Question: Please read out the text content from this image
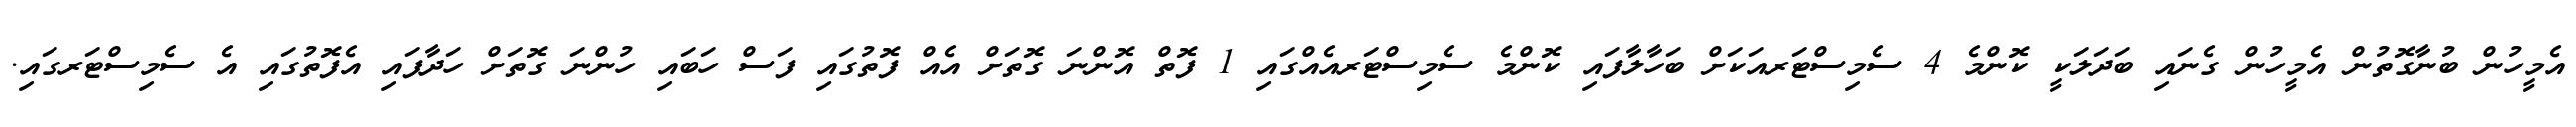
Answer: އެމީހުން ބުނާގޮތުން އެމީހުން ގެނައި ބަދަލަކީ ކޮންމެ 4 ސެމިސްޓަރއަކަށް ބަހާލާފައި ކޮންމެ ސެމިސްޓަރއެއްގައި 1 ފޮތް އޮންނަ ގޮތަށް އެއް ފޮތުގައި ފަސް ހަބައި ހުންނަ ގޮތަށް ހަދާފައި އެފޮތުގައި އެ ސެމިސްޓަރގައި.